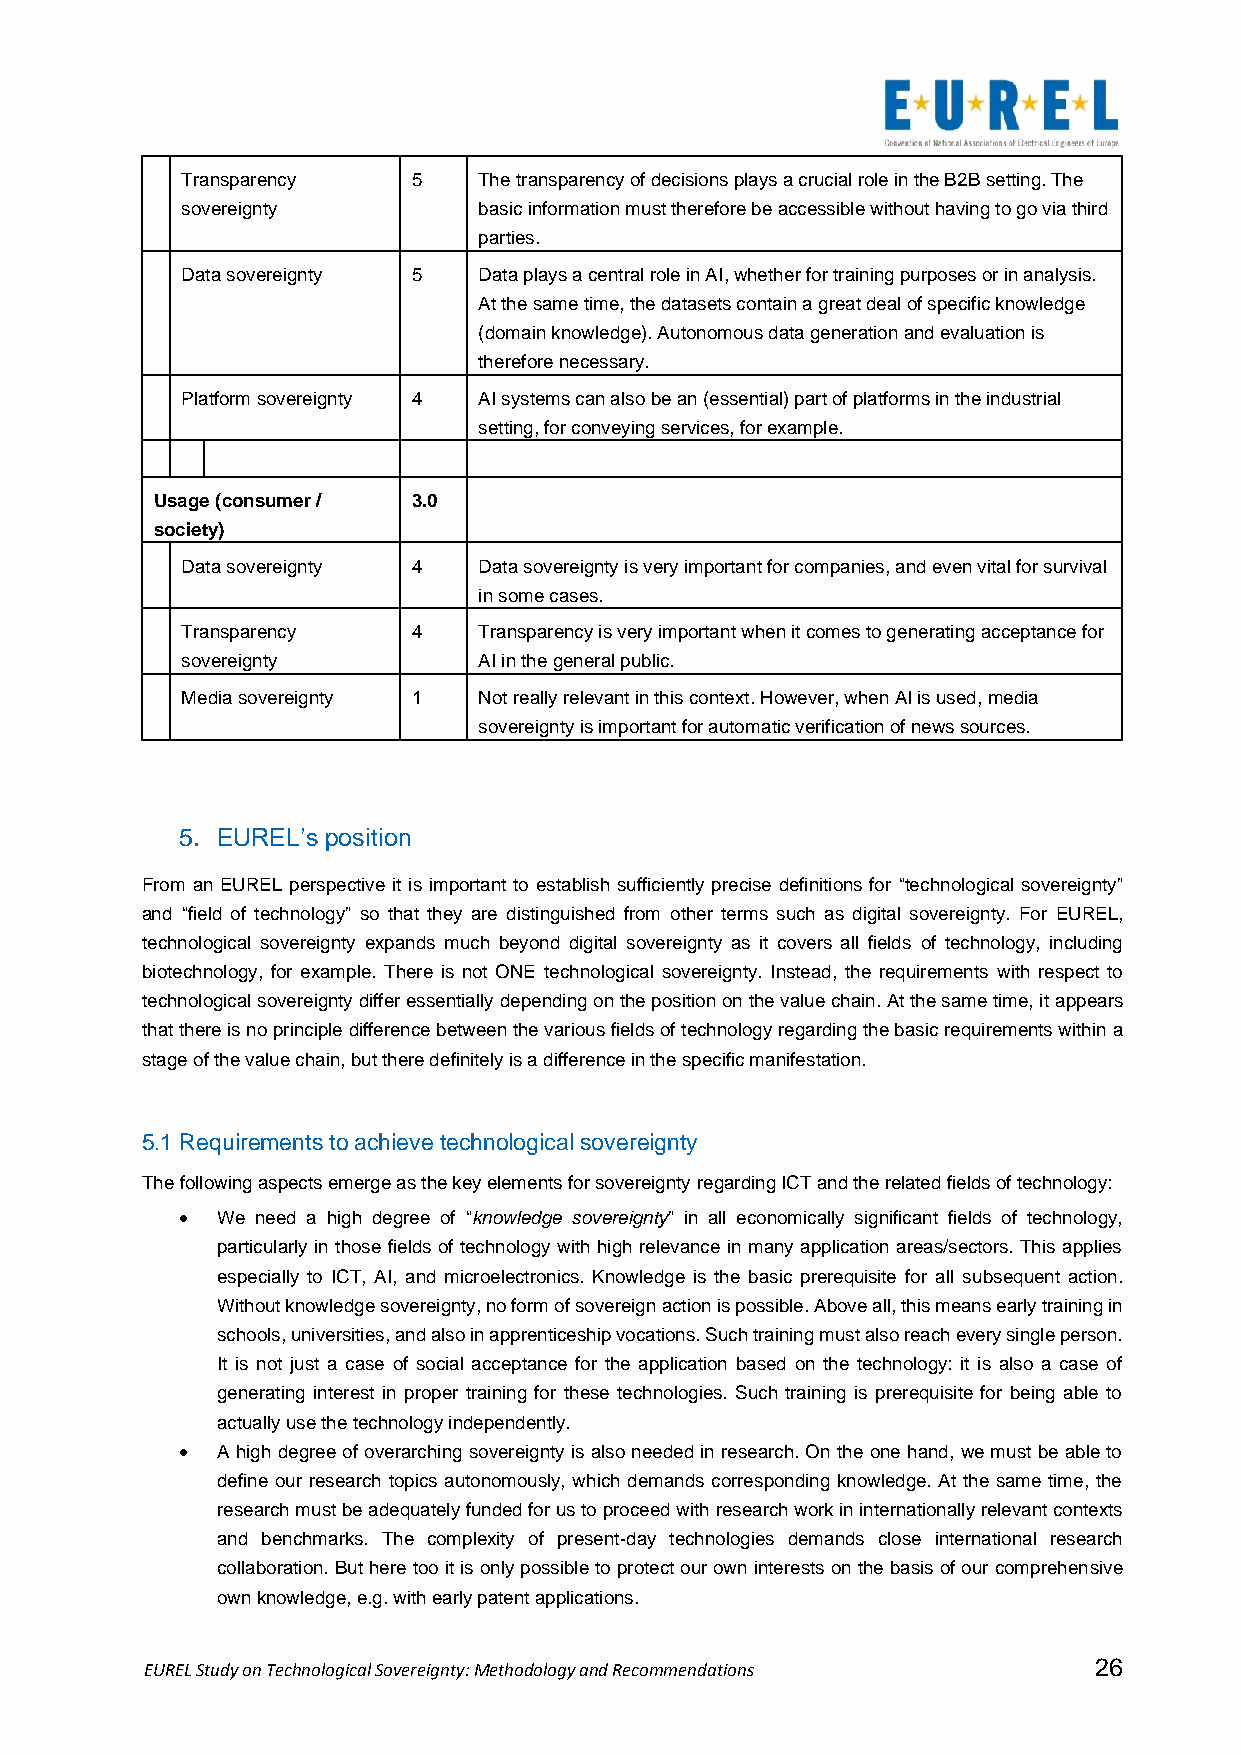
Transparency   5    The transparency of decisions plays a crucial role in the B2B setting. The
 sovereignty         basic information must therefore be accessible without having to go via third
 parties.
 Data sovereignty 5  Data plays a central role in AI, whether for training purposes or in analysis.
 At the same time, the datasets contain a great deal of specific knowledge
 (domain knowledge). Autonomous data generation and evaluation is
 therefore necessary.
 Platform sovereignty 4 AI systems can also be an (essential) part of platforms in the industrial
 setting, for conveying services, for example.
 Usage (consumer / 3.0
 society)
 Data sovereignty 4  Data sovereignty is very important for companies, and even vital for survival
 in some cases.
 Transparency   4    Transparency is very important when it comes to generating acceptance for
 sovereignty         AI in the general public.
 Media sovereignty 1 Not really relevant in this context. However, when AI is used, media
 sovereignty is important for automatic verification of news sources.
 5. EUREL’s position
 From an EUREL perspective it is important to establish sufficiently precise definitions for “technological sovereignty”
 and “field of technology” so that they are distinguished from other terms such as digital sovereignty. For EUREL,
 technological sovereignty expands much beyond digital sovereignty as it covers all fields of technology, including
 biotechnology, for example. There is not ONE technological sovereignty. Instead, the requirements with respect to
 technological sovereignty differ essentially depending on the position on the value chain. At the same time, it appears
 that there is no principle difference between the various fields of technology regarding the basic requirements within a
 stage of the value chain, but there definitely is a difference in the specific manifestation.
 5.1 Requirements to achieve technological sovereignty
 The following aspects emerge as the key elements for sovereignty regarding ICT and the related fields of technology:
 • We need a high degree of “knowledge sovereignty” in all economically significant fields of technology,
 particularly in those fields of technology with high relevance in many application areas/sectors. This applies
 especially to ICT, AI, and microelectronics. Knowledge is the basic prerequisite for all subsequent action.
 Without knowledge sovereignty, no form of sovereign action is possible. Above all, this means early training in
 schools, universities, and also in apprenticeship vocations. Such training must also reach every single person.
 It is not just a case of social acceptance for the application based on the technology: it is also a case of
 generating interest in proper training for these technologies. Such training is prerequisite for being able to
 actually use the technology independently.
 • A high degree of overarching sovereignty is also needed in research. On the one hand, we must be able to
 define our research topics autonomously, which demands corresponding knowledge. At the same time, the
 research must be adequately funded for us to proceed with research work in internationally relevant contexts
 and benchmarks. The complexity of present-day technologies demands close international research
 collaboration. But here too it is only possible to protect our own interests on the basis of our comprehensive
 own knowledge, e.g. with early patent applications.
 EUREL Study on Technological Sovereignty: Methodology and Recommendations 26